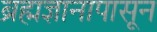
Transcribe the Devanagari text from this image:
ब्रह्मज्ञानापासून